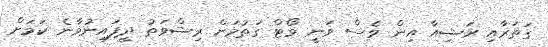
ގަތަރާއި ރަޝިއާ އިން ވެސް ވަނީ ވޯޓް ގަތުމަށް ރިޝްވަތު ދީފައިނުވާނެ ކަމަށް